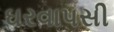
ઘરવાપસી